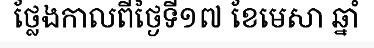
ថ្លែងកាលពីថ្ងៃទី១៧ ខែមេសា ឆ្នាំ